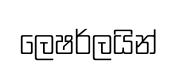
ලෙෂර්ලයින්